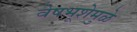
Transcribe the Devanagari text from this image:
वेषभूशेमुळे